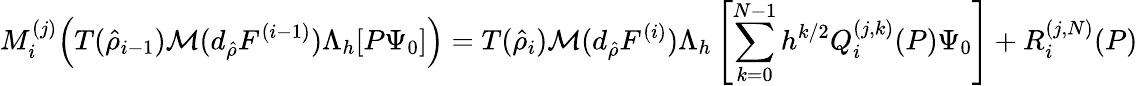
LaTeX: M_{i}^{(j)}\Big(T(\hat{\rho}_{i-1})\mathcal{M}(d_{\hat{\rho}}F^{(i-1)})\Lambda_{h}[P\Psi_{0}]\Big)=T(\hat{\rho}_{i})\mathcal{M}(d_{\hat{\rho}}F^{(i)})\Lambda_{h}\left[\sum_{k=0}^{N-1}h^{k/2}Q_{i}^{(j,k)}(P)\Psi_{0}\right]+R_{i}^{(j,N)}(P)